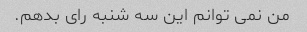
من نمی توانم این سه شنبه رای بدهم.